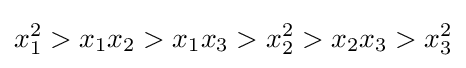
x_{1}^{2}>x_{1}x_{2}>x_{1}x_{3}>x_{2}^{2}>x_{2}x_{3}>x_{3}^{2}